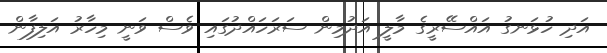
އަދި ހުޅަނގު އައްސޭރީގެ މާލީ އަދުމިން ސަރަހައްދުގައި ވެސް ވަނީ މިހާރު އަލިފާން